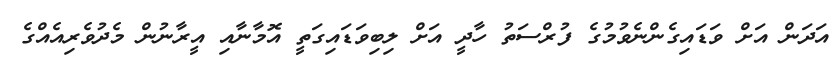
އަދަން އަށް ވަޑައިގެންނެވުމުގެ ފުރްސަތު ހާދީ އަށް ލިބިވަޑައިގަތީ އޮމާނާއި އީރާނުން މެދުވެރިއެއްގެ